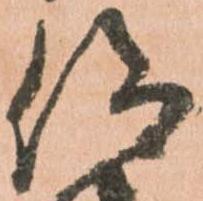
仰